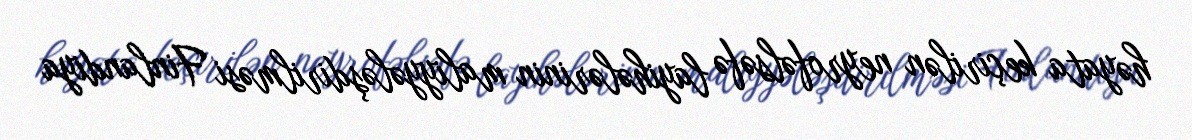
həyata keçirilən neyrofəlsəfə layihələrinin maliyyələşdirilməsi Finlandiya